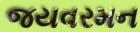
જયવરમન